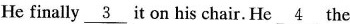
He finally \underline{3} it on his chair. He \underline{4} the